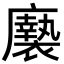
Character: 𢌀